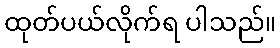
ထုတ်ပယ်လိုက်ရ ပါသည်။